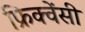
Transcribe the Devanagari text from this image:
फ्रिक्‍वेंसी